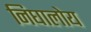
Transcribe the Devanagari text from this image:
निघालोय